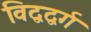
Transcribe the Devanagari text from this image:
विद्वद्वर्ग